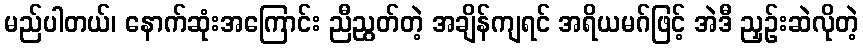
မည်ပါတယ်၊ နောက်ဆုံးအကြောင်း ညီညွတ်တဲ့ အချိန်ကျရင် အရိယမဂ်ဖြင့် အဲဒီ ညှဉ်းဆဲလိုတဲ့